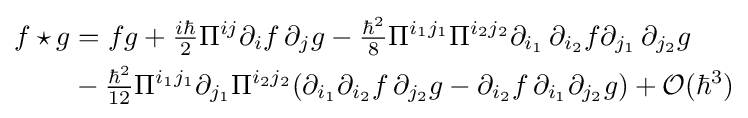
{\begin{aligned}f\star g&=fg+{\tfrac {i\hbar }{2}}\Pi ^{ij}\partial _{i}f\,\partial _{j}g-{\tfrac {\hbar ^{2}}{8}}\Pi ^{i_{1}j_{1}}\Pi ^{i_{2}j_{2}}\partial _{i_{1}}\,\partial _{i_{2}}f\partial _{j_{1}}\,\partial _{j_{2}}g\\&-{\tfrac {\hbar ^{2}}{12}}\Pi ^{i_{1}j_{1}}\partial _{j_{1}}\Pi ^{i_{2}j_{2}}(\partial _{i_{1}}\partial _{i_{2}}f\,\partial _{j_{2}}g-\partial _{i_{2}}f\,\partial _{i_{1}}\partial _{j_{2}}g)+{\mathcal {O}}(\hbar ^{3})\end{aligned}}